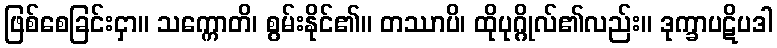
ဖြစ်စေခြင်းငှာ။ သက္ကောတိ၊ စွမ်းနိုင်၏။ တဿာပိ၊ ထိုပုဂ္ဂိုလ်၏လည်း။ ဒုက္ခာပဋိပဒါ